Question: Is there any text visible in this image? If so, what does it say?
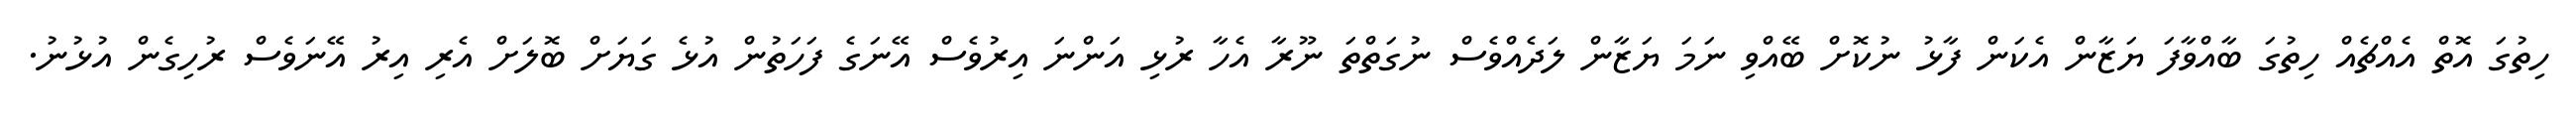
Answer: ހިތުގަ އޮތް އެއްޗެއް ހިތުގަ ބާއްވާފަ ޔަޒާން އެކަން ފާޅު ނުކޮށް ބޭއްވި ނަމަ ޔަޒާން ލަދެއްވެސް ނުގަތްތަ ނޫރާ އެހާ ރުޅި އަންނަ އިރުވެސް އޭނަގެ ފަހަތުން އުޅެ ގަޔަށް ބޮލަށް އެރި އިރު އޭނަވެސް ރުހިގެން އުޅުނު.